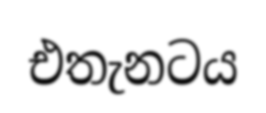
එතැනටය